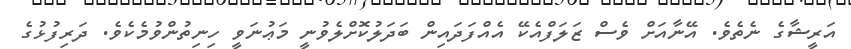
އަރީޝާގެ ނެތެވެ. އޭނާއަށް ވެސް ޒަލަފްއެކޭ އެއްފަދައިން ބަދަލުކޮށްލެވުނީ މަޢުނަވީ ހިނިތުންވުމެކެވެ. ދަރިފުޅުގެ